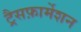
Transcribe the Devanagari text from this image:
ट्रैसफ़ार्मेशन